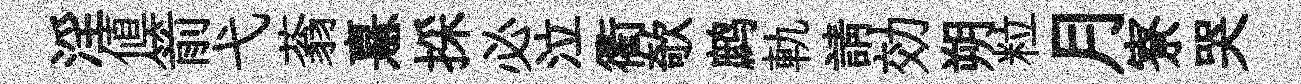
淫値箭弋蓊憙採必泣衢欹鹧軌請効朔粒月寮哭